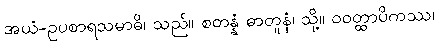
အယံ-ဥပစာရသမာဓိ၊ သည်။ စတန္နံ ဓာတူနံ၊ သို့။ ဝဝတ္ထာပိကဿ၊